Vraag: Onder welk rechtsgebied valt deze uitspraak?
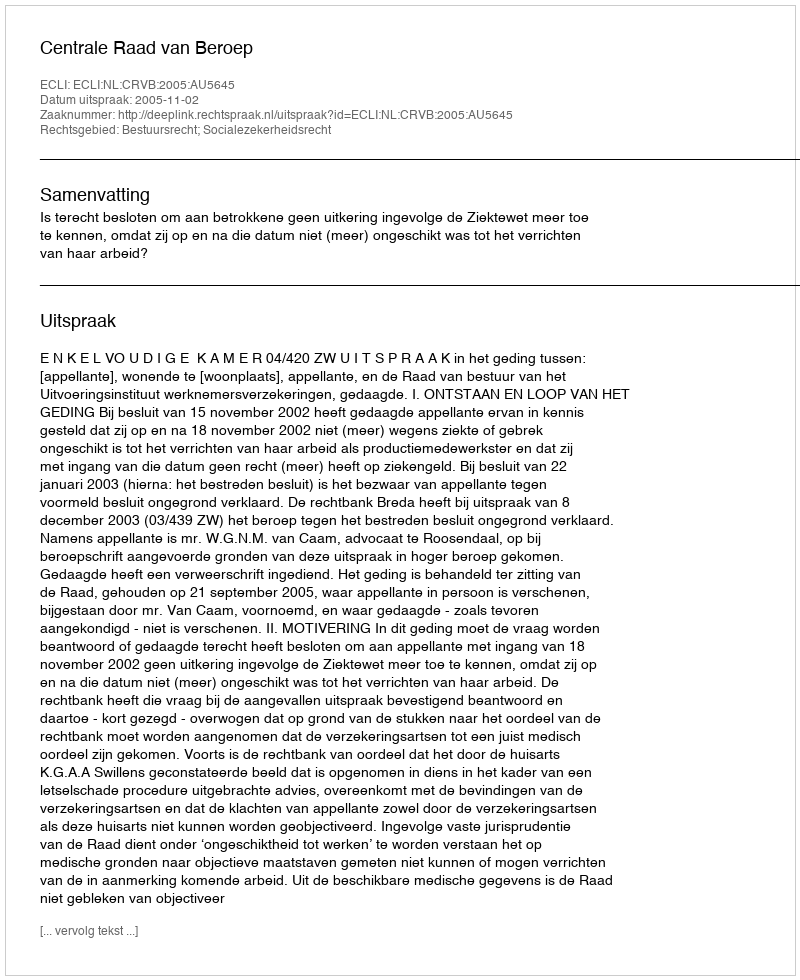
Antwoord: Bestuursrecht; Socialezekerheidsrecht